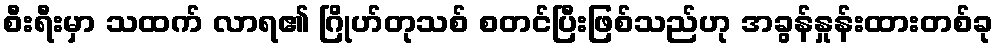
စီးရီးမှာ သထက် လာရ၏ ဂြိုဟ်တုသစ် စတင်ပြီးဖြစ်သည်ဟု အခွန်နှုန်းထားတစ်ခု